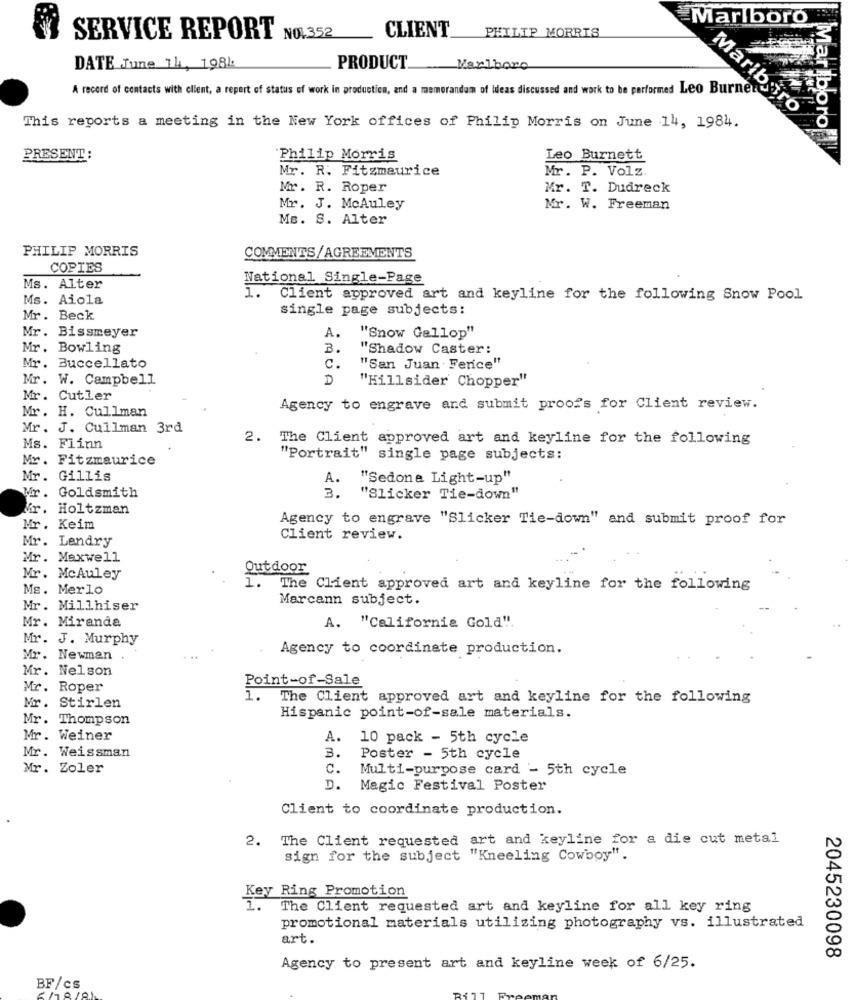
Marlboro
PHILIP MORRIS
SERVICE REPORT NO.352
CLIENT
DATE June 14, 1981
PRODUCT.
Marlboro
A record of contacts with client, a report of status of work in production, and a memorandum of ideas discussed and work to be performed Leo Burner
Mariburo
This reports a meeting in the New York offices of Philip Morris on June 14, 1984.
Marlboro
PRESENT :
Philip Morris
Leo Burnett
Mr. R. Fitzmaurice
Mr. P. Volz.
Mr. R. Roper
Mr. T. Dudreck
Mr. J. McAuley
Mr. W. Freeman
Ms. S. Alter
PHILIP MORRIS
COMMENTS/AGREEMENTS
COPIES
National Single-Page
Ms. Alter
1.
Ms. Aiola
Client approved art and keyline for the following Snow Pool
single page subjects:
Mr. Beck
Mr. Bissmeyer
A.
"'Snow Gallop"
Mr. Bowling
3.
"Shadow Caster:
Mr. Buccellato
c.
"San Juan Fenice"
Mr. W. Campbell
D
"Hillsider Chopper"
Mr. Cutler
Mr. H. Cullman
Agency to engrave and submit proofs for Client review.
Mr. J. Cullman 3rd
2.
The Client approved art and keyline for the following
Ms. Flinn
Mr. Fitzmaurice
"Portrait" single page subjects:
Mr. Gillis
A. "Sedona Light-up"
Goldsmith
3. "Slicker Tie-down"
Vr. Holtzman
Agency to engrave "Slicker Tie-down" and submit proof for
Mr. Keim
Mr. Lendry
Client review.
Mr. Maxwell
Outdoor
Mr. McAuley
Ms. Merlo
1.
The Client approved art and keyline for the following
Marcann subject.
Mr. Millhiser
Mr. Miranda
A. "California Gold".
Mr. J. Murphy
Agency to coordinate production.
Mr. Newman
. ..
Mr. Nelson
Point-of-Sale
Mr. Roper
1.
The Client approved art and keyline for the following
Mr. Stirlen
Mr. Thompson
Hispanic point-of-sale materials.
Mr. Weiner
A. 10 pack - 5th cycle
Mr. Weissman
3.
Poster - 5th cycle
Mr. Zoler
C.
Multi-purpose card - 5th cycle
D.
Magic Festival Poster
Client to coordinate production.
2. The Client requested art and keyline for a die cut metal
sign for the subject "Kneeling Cowboy".
Key Ring Promotion
L.
The Client requested art and keyline for all key ring
promotional materials utilizing photography vs. illustrated
art.
2045230098
Agency to present art and keyline week of 6/25.
BF/cs